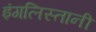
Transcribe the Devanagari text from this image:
इंगलिस्तानी